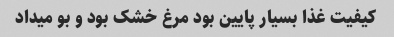
کیفیت غذا بسیار پایین بود مرغ خشک بود و بو میداد